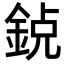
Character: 𨦸